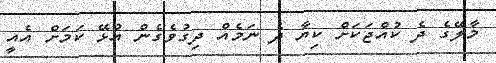
މާލޭގެ ދެ ކުއްޖަކަށް ކިޔާ ދެ ނަމެއް ދިގުވެގެން އުޅޭ ކަމަށް އެއީ